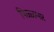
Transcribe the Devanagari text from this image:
पिळ्ळमार